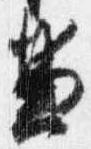
兼